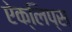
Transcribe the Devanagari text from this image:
ऐक्लिप्स